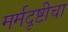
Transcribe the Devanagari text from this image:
मर्मदृष्टीचा